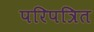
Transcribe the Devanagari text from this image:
परिपत्रित